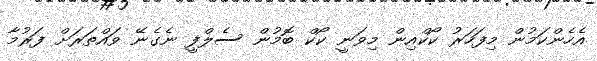
އެހެންކަމުން މިފަހަރު ކޯކްއިން މިވަނީ ކޯކް ބޮމުން ސެލްފީ ނެގެނޭ ވައްތަރަށް ފަރުމާ